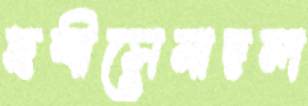
ছত্রীসেনাদল